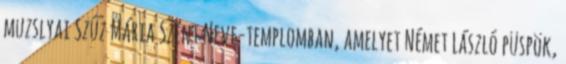
muzslyai Szűz Mária Szent Neve-templomban, amelyet Német László püspök,